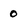
Character: 0